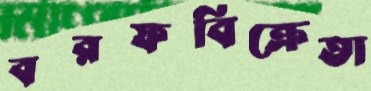
বরফবিক্রেতা